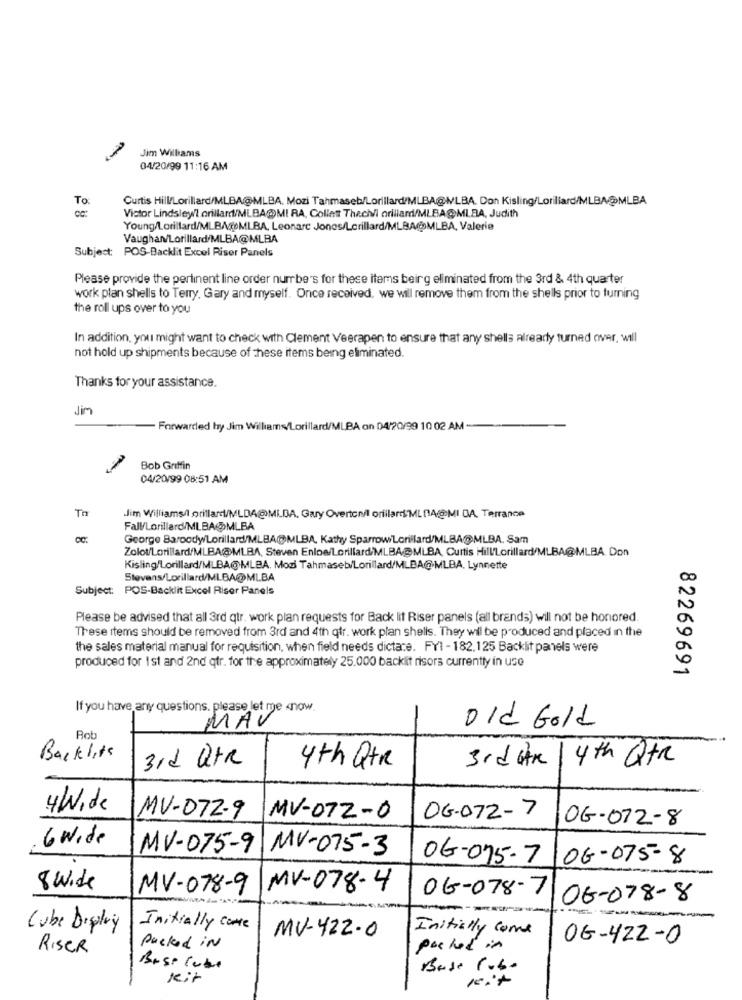
Jim Williams
04/20/99 11:16 AM
To.
Curtis Hill/Lorillard/MLBA@MLBA. Mozi Tahmaseb/Lorillard/MLBA@MVLBA. Don Kisling/Lorillard/MLBA@MLBA
Victor Lindsley/ orillard/MLBA@MI RA, Collett Thechli orillamd/MLBA@MLBA, Judith
Young/Lorillard/MLBAgpMLBA, Leonarc Jones/Lorillard/MLBA@MLBA, Valerie
Vaughan/Lorillard/MLBA@MLBA
Subject: POS-Backlit Excel Riser Panels
Please provide the pertinent line order numbers for these items beirg eliminated from the 3rd & 4th quarter
work plan shells to Terry. Gary and myself. Once received, we will remove them from the shells prior to turning
the roll ups over to you
In addition, you might want to check with Clement Veerapen to ensure that any shells already turned over, will
not hold up shipments because of these items being eliminated.
Thanks for your assistance.
Jim
Forwarded hy Jim Williams/Lorillard/MLBA on 04/20/99 10 02 AM-
Bob Griffin
04/20/99 08:51 AM
Th
.Jim Williams/lorillard/MLDA@MLDA, Gary Overtonil orfilars'ML NAOMI DA. Terrance
Fall/Lorillard/MLBA@MLBA
George Barocdy/Lorillard/MLBA@MLBA, Kathy SparrowiLorillard/MLBA@MLBA. Sam
Zolot/Lorillard/MLBA@MLBA, Steven Enloe/Lorillard/MLBA@MLBA, Curtis Hill'Lorillard/MLBA@MLBA Don
Kisling/Lorillard/MLBA@MLBA. Mozi Tahmaseb/Lorillard/MLBA@MLBA. Lynnette
Stevens/Lorillard/MLBA@MLBA
Subject: POS-Backlit Excel Riser Panels
Please be advised that all 3rd qtr. work plan requests for Back lit Riser panels (all brands) will not be honored.
These items should be removed from 3rd and 4th qfr. work plan shells. They will be produced and placed in the
the sales material manual for requisition, when field needs dictate. FYI - 182.125 Backlit panels were
produced for Ist and 2nd qfr. for the approximately 25.000 backlit risors currently in use
82269691
old Gold
Rob
Backlits
3rd QtR
3rd GR 1 4 th Qtr
4th Qte
4/Wide
MV-072-9
MV-072-0
OG-072-7
06-072-8
6 Wide
MV-075-9 MV-075-3
06-075-7
06-075-8
8 Wide
MV-078-9
MV-078-4
06-078-7
06-078-8
Cube Display
Initially come
Initially come
MV-422.0
06-422-0
RISER
packed in
posted in
Best Cube
Base rubo
kit